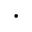
\cdot